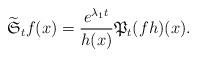
LaTeX: \begin{align*}\widetilde{\mathfrak{S}}_{t}f(x)=\frac{e^{\lambda_{1}t}}{h(x)}\mathfrak{P}_{t}(fh)(x).\end{align*}